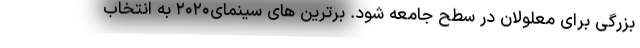
بزرگی برای معلولان در سطح جامعه شود. برترین های سینمای۲۰۲۰ به انتخاب